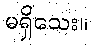
မရှိသေး။